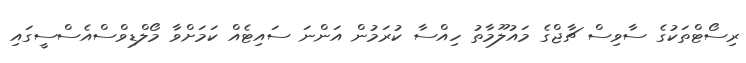
ރިސޯޓްތަކުގެ ސާވިސް ޗާޖްގެ މައުލޫމާތު ހިއްސާ ކުރަމުން އަންނަ ސައިޓެއް ކަމަށްވާ މޯލްޑިވްސްއެސްސީގައި